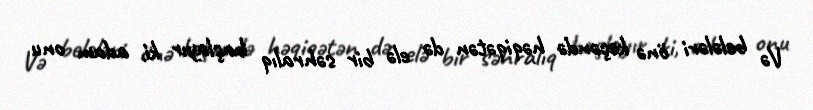
Və belələri önə keçəndə həqiqətən də elə bir səhralıq başlayır ki, adam onu